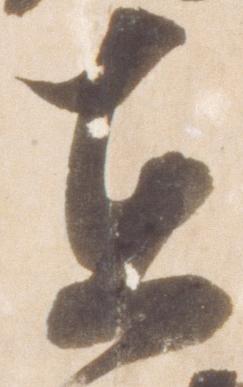
在